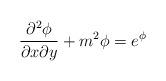
LaTeX: \begin{align*}{{\partial}^2 \phi \over {\partial{x}\partial{y}}} +m^2 \phi = e^\phi\end{align*}